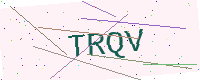
Text: TRQV